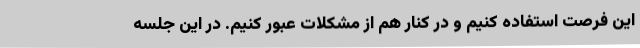
این فرصت استفاده کنیم و در کنار هم از مشکلات عبور کنیم. در این جلسه